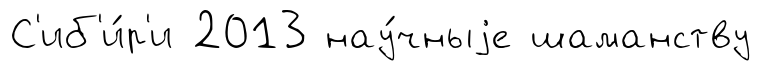
С'иб'и́р'и 2013 нау́чныjе шаманству